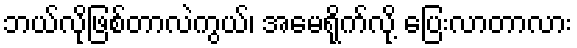
ဘယ်လိုဖြစ်တာလဲကွယ်၊ အမေရိုက်လို့ ပြေးလာတာလား